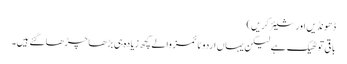
ڈھونڈیں اور شیئر کریں)
باقی تو ٹھیک ہے لیکن یہاں اردو ٹائمز والے کچھ زیادہ ہی بڑھا چڑھا گئے ہیں۔